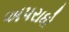
અપરાધો